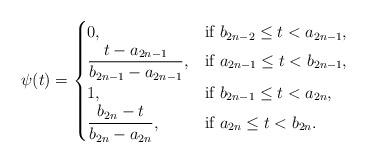
LaTeX: \begin{align*}\psi (t)=\begin{cases}0, & \mbox{if $b_{2n-2}\leq t <a_{2n-1}$},\\\dfrac{t-a_{2n-1}}{b_{2n-1}-a_{2n-1}}, & \mbox{if $a_{2n-1} \leq t <b_{2n-1}$},\\1, & \mbox{if $b_{2n-1}\leq t <a_{2n}$,}\\\dfrac{b_{2n}-t}{b_{2n}-a_{2n}}, & \mbox{if $a_{2n} \leq t <b_{2n}$}.\end{cases}\end{align*}